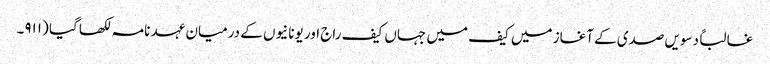
غالباً دسویں صدی کے آغاز میں کیف میں جہاں کیف راج اور یونانیوں کے درمیان عہد نامہ لکھا گیا (۹۱۱۔